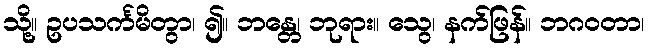
သို့။ ဥပသင်္ကမိတွာ၊ ၍။ ဘန္တေ၊ ဘုရား။ သွေ၊ နက်ဖြန်။ ဘဂဝတာ၊